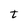
Character: t